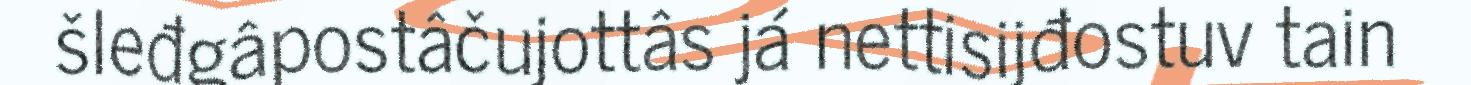
šleđgâpostâčujottâs já nettisijđostuv tain